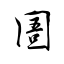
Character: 圄